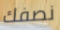
نصفك